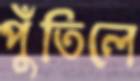
পুঁতিলে